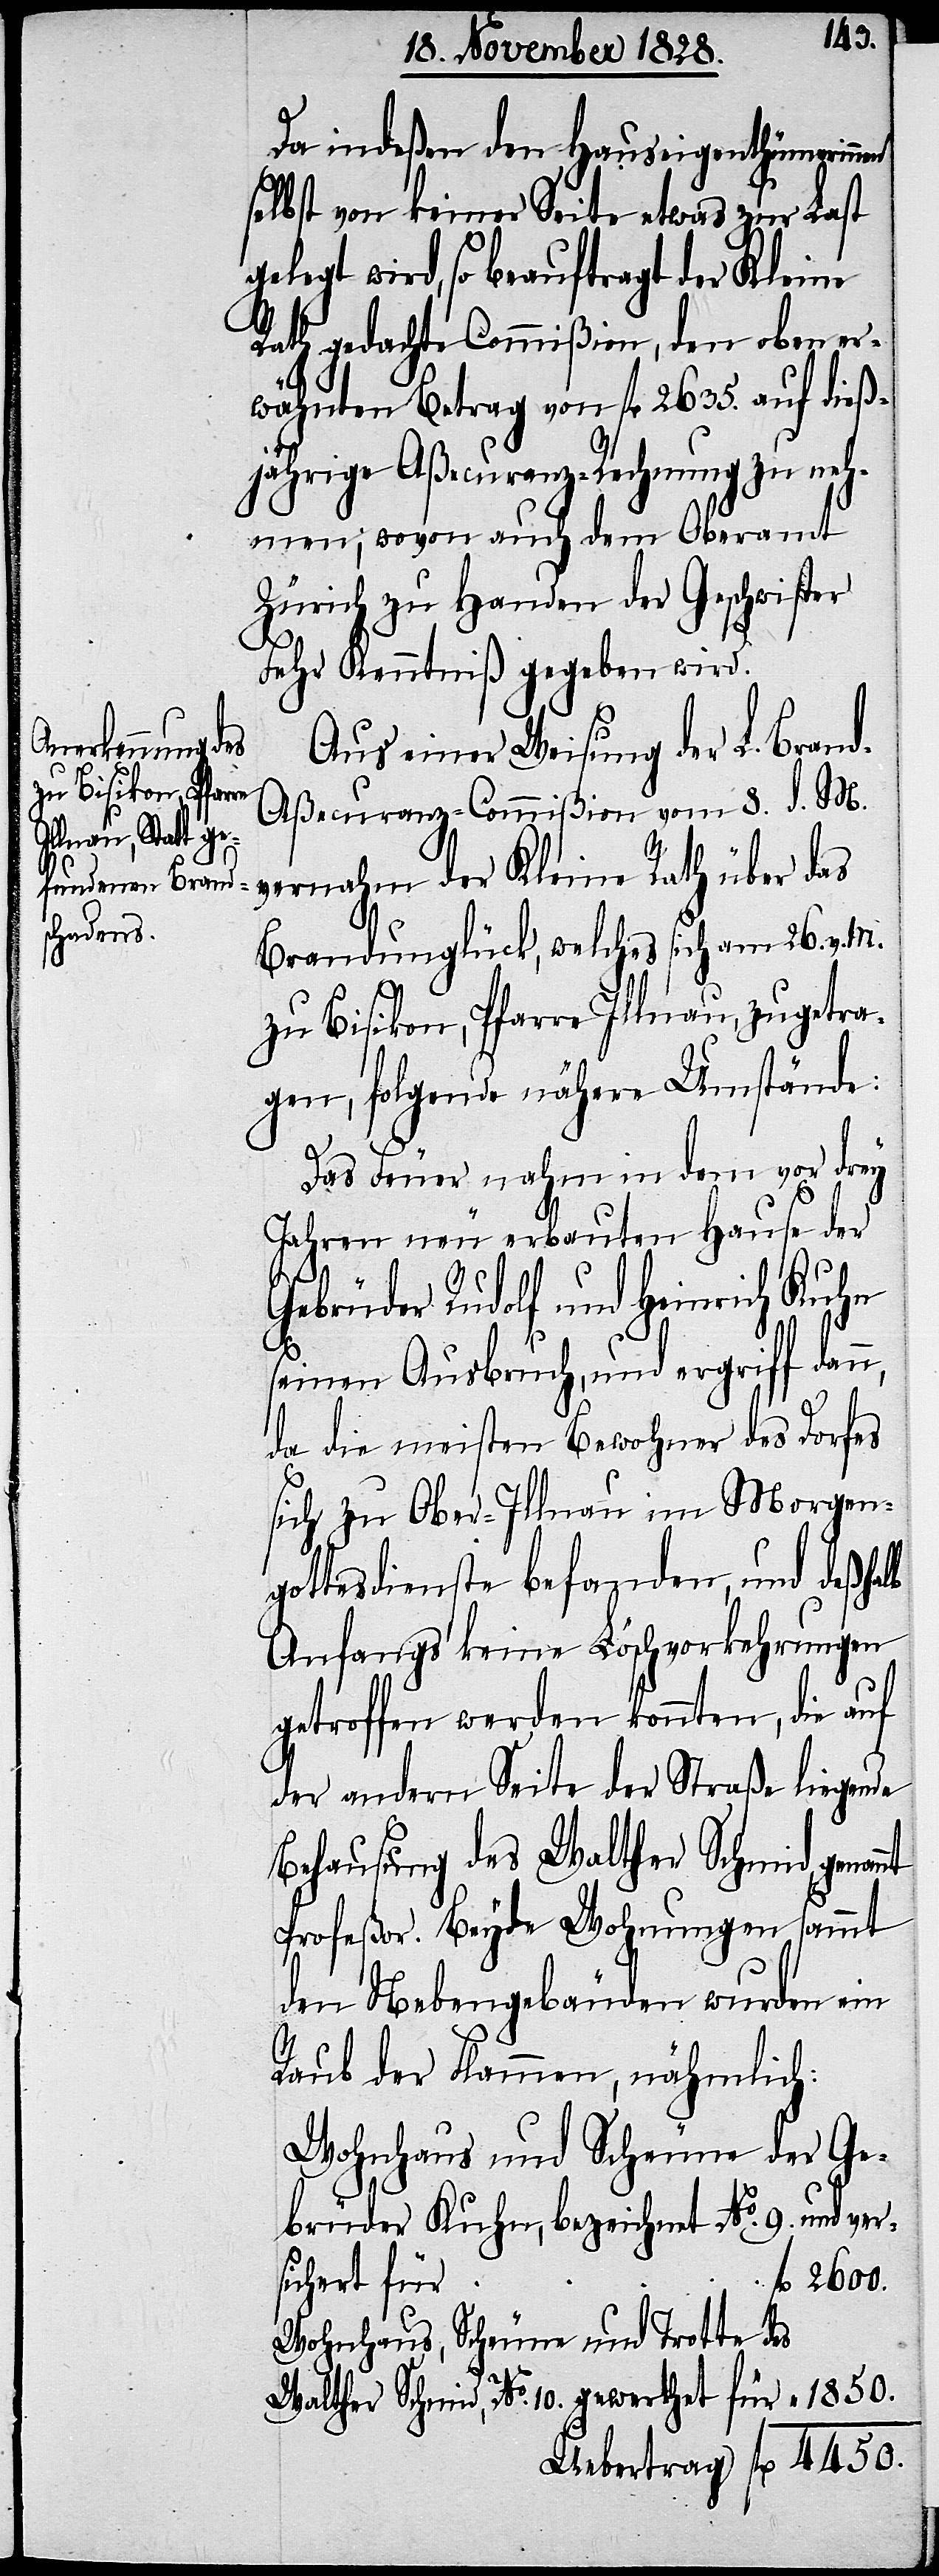
4450.
Da indeßen den Hauseigenthümerinn¬
elbst von keiner Seite etwas zur Last
elegt wird, so beauftragt der Kleine
Rath gedachte Commißion, den oben er¬
wähnten Betrag von fl. 2635. auf dieß¬
jährige Aßecuranz-Rechnung zu neh¬
men; wovon auch dem Oberamt
Zürich zu Handen der Geschwister
zur Kenntniß gegeben wird.
Aus einer Weisung der L. Bran¬
d-Aßecuranz-Commißion vom 8. d. M.
Kleine Rath üb¬
Brandunglück, welches sich am 26. v. M.
zu Bisikon, Pfarre Illnau, zugetra¬
gen, folgende nähere Umstände:
n,
g¬
Das Feuer nahm in dem vor drey
nt
Jahren neu erbauten Hause der
Gebrüder Rudolf und Heinrich Kuhn
fl.
seinen Ausbruch, und ergriff dan¬
da die meisten Bewohner des Dorfes
sich zu Ober-Illnau im Morgen¬
gottesdienste befanden, und deßhalb
Anfangs keine Löschvorkehrungen
getroffen werden konnten, die auf
der andern Seite der Straße liegende
Behausung des Walther Schmid, genan¬
Profeßor. Beyde Wohnungen sammt
den Nebengebäuden wurden ein
Raub der Flammen, nähmlich:
Wohnhaus und Scheune der Ge¬
brüder Kuhn, bezeichnet No. 9. und ver¬
sichert für
Wohnhaus, Scheune und Trotte des
Walther Schmid, No. 10. gewerthet für